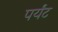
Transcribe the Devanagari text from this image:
पर्यंट